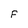
Character: F